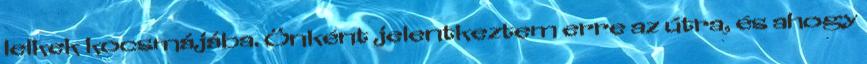
lelkek kocsmájába. Önként jelentkeztem erre az útra, és ahogy